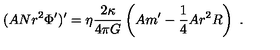
( A N r ^ { 2 } \Phi ^ { \prime } ) ^ { \prime } = \eta \frac { 2 \kappa } { 4 \pi G } \left( A m ^ { \prime } - \frac { 1 } { 4 } A r ^ { 2 } R \right) \ .